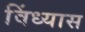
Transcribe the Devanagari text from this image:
विंध्यास